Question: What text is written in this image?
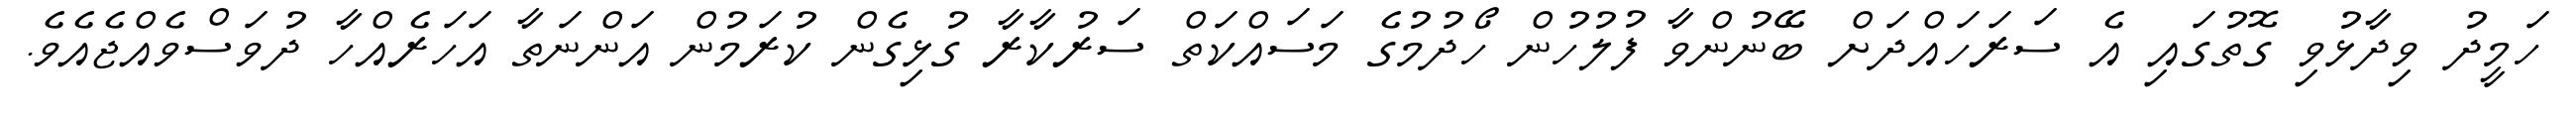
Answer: ހަމީދު ވިދާޅުވި ގޮތުގައި އެ ސަރަހައްދަށް ބޭނުންވާ ފުލުހުން ހޯދުމުގެ މަސައްކަތް ސަރުކާރާ ގުޅިގެން ކުރަމުން އަންނަތާ އަހަރެއްހާ ދުވަސްވެއްޖެއެވެ.